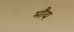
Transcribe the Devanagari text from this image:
मौय